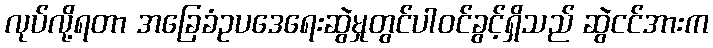
လုပ်လို့ရတာ အခြေခံဥပဒေရေးဆွဲမှုတွင်ပါဝင်ခွင့်ရှိသည် ဆွဲငင်အားက